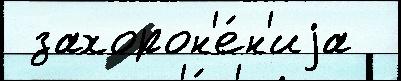
 захорон'е́н'иjа